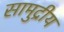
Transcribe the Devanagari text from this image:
सामुद्रीय